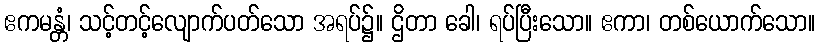
ဧကမန္တံ၊ သင့်တင့်လျောက်ပတ်သော အရပ်၌။ ဌိတာ ခေါ၊ ရပ်ပြီးသော။ ဧကာ၊ တစ်ယောက်သော။